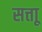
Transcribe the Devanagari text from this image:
सत्ताू